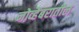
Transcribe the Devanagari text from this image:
नोव्हेंबरातील